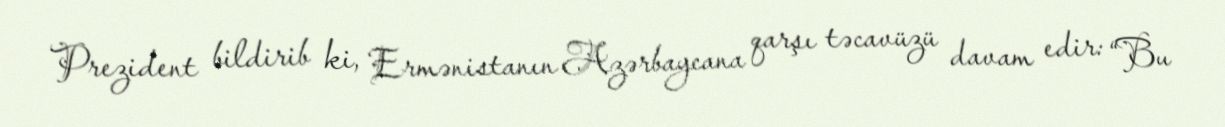
Prezident bildirib ki, Ermənistanın Azərbaycana qarşı təcavüzü davam edir: “Bu